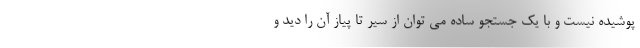
پوشیده نیست و با یک جستجو ساده می توان از سیر تا پیاز آن را دید و